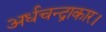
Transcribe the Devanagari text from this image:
अर्धचन्द्राकार।